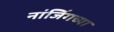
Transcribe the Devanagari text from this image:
नांजिंगच्या